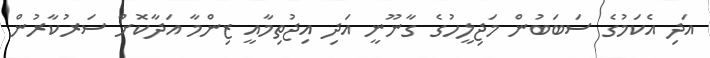
އަދި އެކަމުގެ ސަބަބުން މަޖިލީހުގެ ގާނޫނީ އަދި އިޖުތިމާއީ ޒިންމާ އަދާކޮށް ސަރުކާރުން